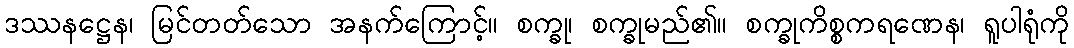
ဒဿနဋ္ဌေန၊ မြင်တတ်သော အနက်ကြောင့်။ စက္ခု၊ စက္ခုမည်၏။ စက္ခုကိစ္စကရဏေန၊ ရူပါရုံကို